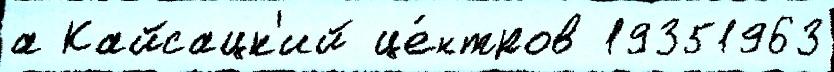
а Кайсацк'ий це́нтров 19351963